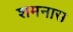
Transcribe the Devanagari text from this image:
शमनास